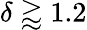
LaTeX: \delta\gtrapprox 1.2